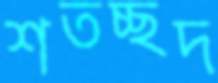
শতচ্ছদ